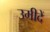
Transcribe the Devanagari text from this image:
उमीदें